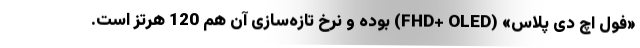
«فول اچ دی پلاس» (FHD+ OLED) بوده و نرخ تازه‌سازی آن هم 120 هرتز است.